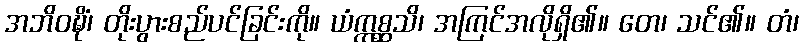
အဘိဝဍ္ဎိံ၊ တိုးပွားစည်ပင်ခြင်းကို။ ယံဣစ္ဆသိ၊ အကြင်အလိုရှိ၏။ တေ၊ သင်၏။ တံ၊